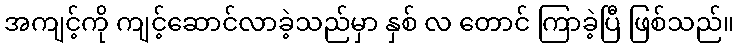
အကျင့်ကို ကျင့်ဆောင်လာခဲ့သည်မှာ နှစ် လ တောင် ကြာခဲ့ပြီ ဖြစ်သည်။